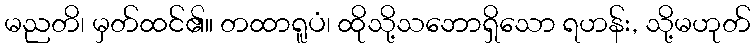
မညတိ၊ မှတ်ထင်၏။ တထာရူပံ၊ ထိုသို့သဘောရှိသော ရဟန်း, သို့မဟုတ်